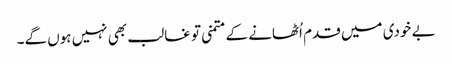
بے خودی میں قدم اُٹھانے کے متمنی تو غالب بھی نہیں ہوں گے۔